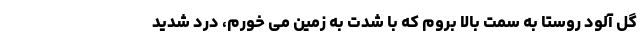
گل آلود روستا به سمت بالا بروم که با شدت به زمین می خورم، درد شدید